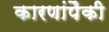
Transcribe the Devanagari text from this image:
कारणांपैकी